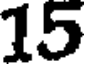
15